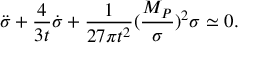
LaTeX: \ddot { \sigma } + \frac 4 { 3 t } \dot { \sigma } + \frac 1 { 2 7 \pi t ^ { 2 } } ( \frac { M _ { P } } \sigma ) ^ { 2 } \sigma \simeq 0 .